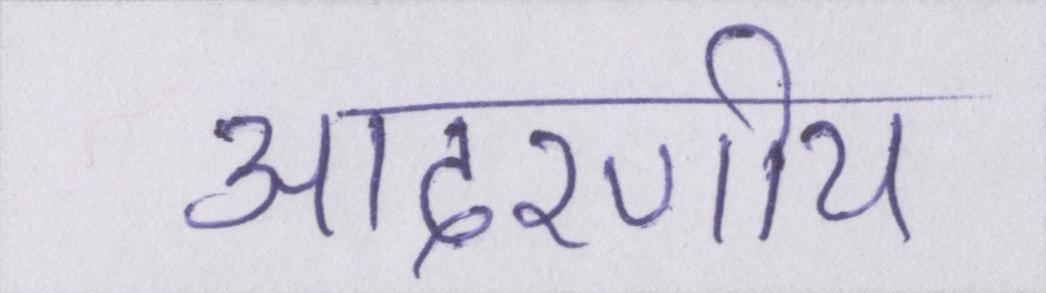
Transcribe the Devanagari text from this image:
आदरणीय